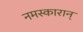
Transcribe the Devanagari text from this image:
नमस्कारान्